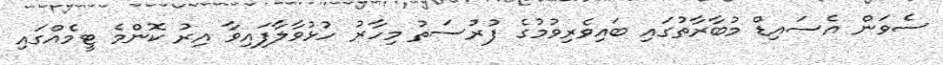
ސެވަން އެސައިޑް މުބާރާތުގައި ބައިވެރިވުމުގެ ފުރުސަތު މިހާރު ހުޅުވާލާފައިވާ އިރު ކޮންމެ ޓީމެއްގައި